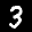
Label: 3